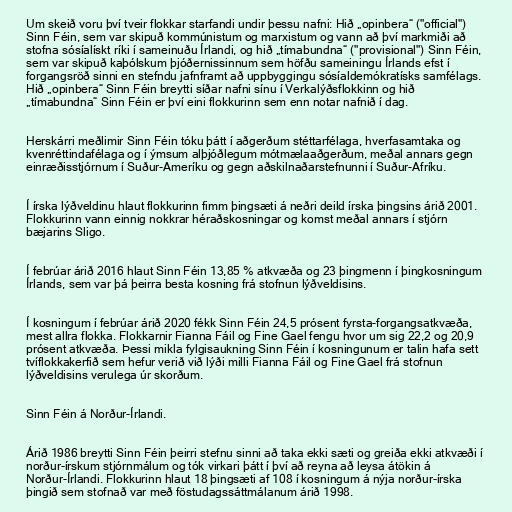
Um skeið voru því tveir flokkar starfandi undir þessu nafni: Hið „opinbera“ ("official")
Sinn Féin, sem var skipuð kommúnistum og marxistum og vann að því markmiði að
stofna sósíalískt ríki í sameinuðu Írlandi, og hið „tímabundna“ ("provisional") Sinn Féin,
sem var skipuð kaþólskum þjóðernissinnum sem höfðu sameiningu Írlands efst í
forgangsröð sinni en stefndu jafnframt að uppbyggingu sósíaldemókratísks samfélags.
Hið „opinbera“ Sinn Féin breytti síðar nafni sínu í Verkalýðsflokkinn og hið
„tímabundna“ Sinn Féin er því eini flokkurinn sem enn notar nafnið í dag.

Herskárri meðlimir Sinn Féin tóku þátt í aðgerðum stéttarfélaga, hverfasamtaka og
kvenréttindafélaga og í ýmsum alþjóðlegum mótmælaaðgerðum, meðal annars gegn
einræðisstjórnum í Suður-Ameríku og gegn aðskilnaðarstefnunni í Suður-Afríku.

Í írska lýðveldinu hlaut flokkurinn fimm þingsæti á neðri deild írska þingsins árið 2001.
Flokkurinn vann einnig nokkrar héraðskosningar og komst meðal annars í stjórn
bæjarins Sligo.

Í febrúar árið 2016 hlaut Sinn Féin 13,85 % atkvæða og 23 þingmenn í þingkosningum
Írlands, sem var þá þeirra besta kosning frá stofnun lýðveldisins.

Í kosningum í febrúar árið 2020 fékk Sinn Féin 24,5 prósent fyrsta-forgangsatkvæða,
mest allra flokka. Flokkarnir Fianna Fáil og Fine Gael fengu hvor um sig 22,2 og 20,9
prósent atkvæða. Þessi mikla fylgisaukning Sinn Féin í kosningunum er talin hafa sett
tvíflokkakerfið sem hefur verið við lýði milli Fianna Fáil og Fine Gael frá stofnun
lýðveldisins verulega úr skorðum.

Sinn Féin á Norður-Írlandi.

Árið 1986 breytti Sinn Féin þeirri stefnu sinni að taka ekki sæti og greiða ekki atkvæði í
norður-írskum stjórnmálum og tók virkari þátt í því að reyna að leysa átökin á
Norður-Írlandi. Flokkurinn hlaut 18 þingsæti af 108 í kosningum á nýja norður-írska
þingið sem stofnað var með föstudagssáttmálanum árið 1998.